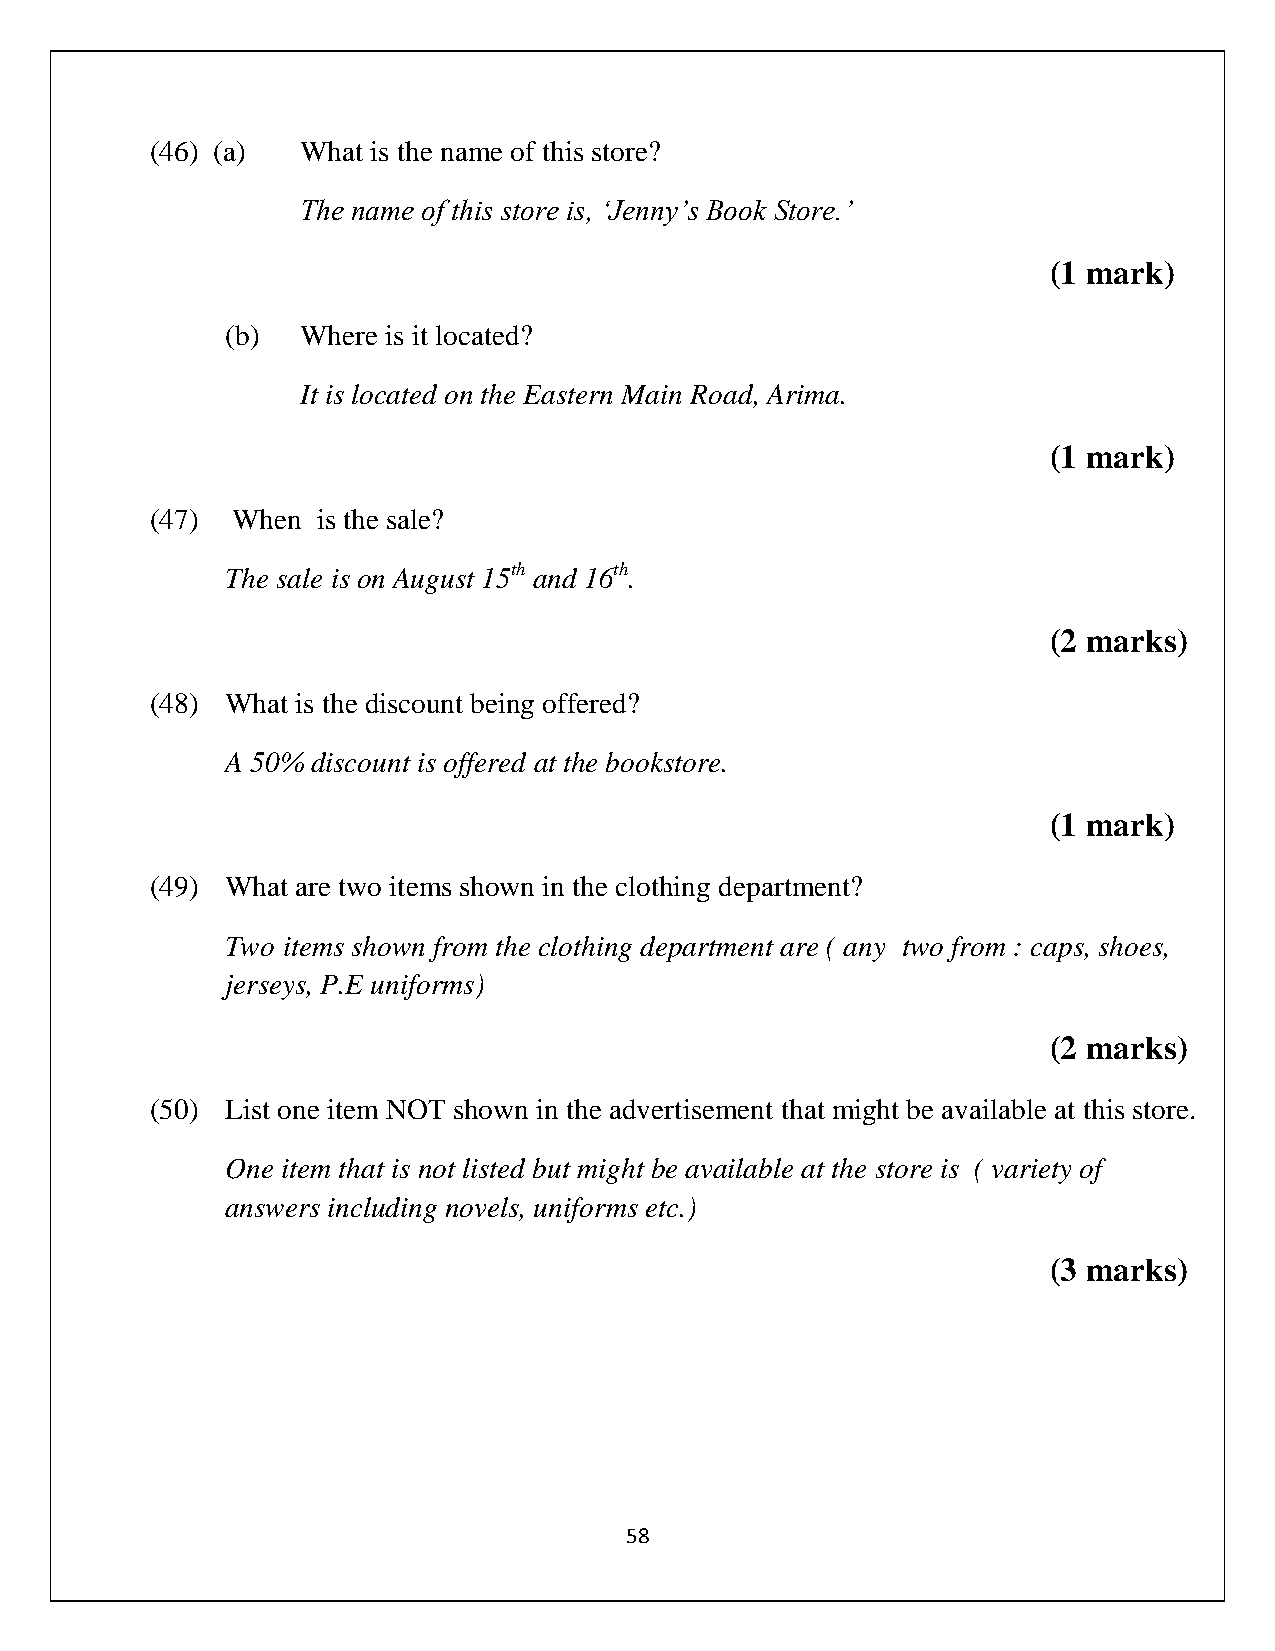
(46) (a)  What is the name of this store?
 The name of this store is, ‘Jenny’s Book Store.’
 (1 mark)
 (b)  Where is it located?
 It is located on the Eastern Main Road, Arima.
 (1 mark)
 (47) When  is the sale?
 The sale is on August 15th and 16th.
 (2 marks)
 (48) What is the discount being offered?
 A 50% discount is offered at the bookstore.
 (1 mark)
 (49) What are two items shown in the clothing department?
 Two items shown from the clothing department are ( any two from : caps, shoes,
 jerseys, P.E uniforms)
 (2 marks)
 (50) List one item NOT shown in the advertisement that might be available at this store.
 One item that is not listed but might be available at the store is ( variety of
 answers including novels, uniforms etc.)
 (3 marks)
 58